Vaccination United Provinces of Agra and Oudh 1902-1913 - 1902-1913
Year: 1902
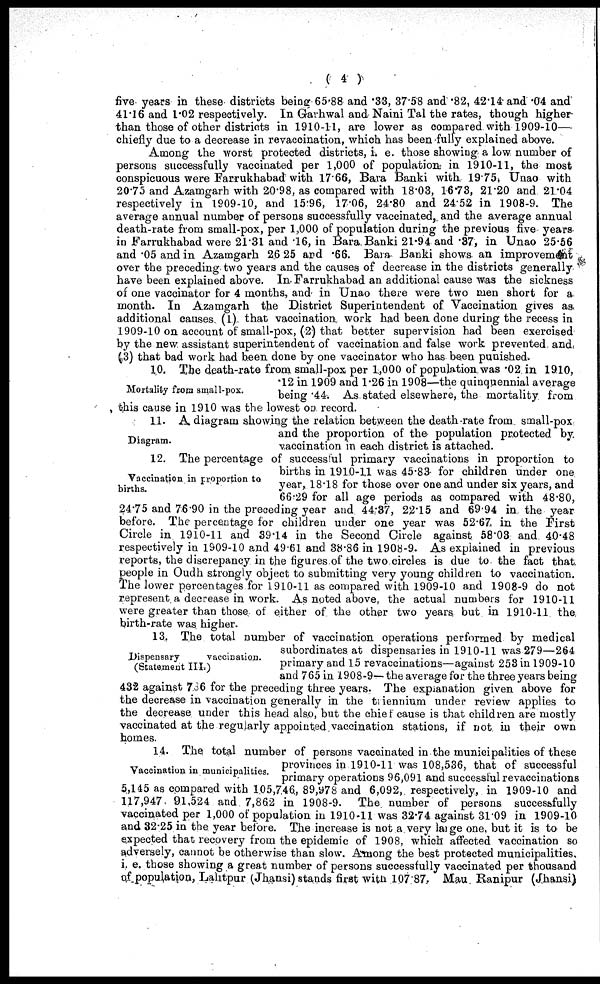
( 4 )
five years in these districts being 65.88 and .33, 37.58 and .82, 42.14 and .04 and
41.16 and 1.02 respectively. In Garhwal and Naini Tal the rates, though higher
than those of other districts in 1910-11, are lower as compared with 1909-10—
chiefly due to a decrease in revaccination, which has been fully explained above.
Among the worst protected districts, i. e. those showing a low. number of
persons successfully vaccinated per 1,000 of population in 1910-11, the most
conspicuous were Farrukhabad with 17.66, Bara Banki with 19.75, Unao with
20.75 and Azamgarh with 20.98, as compared with 18.03, 16.73, 21.20 and 21.04
respectively in 1909-10, and 15.96, 17.06, 24.80 and 24.52 in 1908-9. The
average annual number of persons successfully vaccinated, and the average annual
death-rate from small-pox, per 1,000 of population during the previous five years
in Farrukhabad were 21.31 and .16, in Bara Banki 21.94 and .37, in Unao 25.56
and .05 and in Azamgarh 26 25 and .66. Bara Banki shows an improvement
over the preceding two years and the causes of decrease in the districts generally
have been explained above. In Farrukhabad an additional cause was the sickness
of one vaccinator for 4 months, and in Unao there were two men short for a
month. In Azamgarh the District Superintendent of Vaccination gives as.
additional causes. (1) that vaccination work had been done during the recess in
1909-10 on account of small-pox, (2) that better supervision had been exercised
by the new assistant superintendent of vaccination and false work prevented and
(3) that bad work had been done by one vaccinator who has been punished.
Mortality from small-pox.
10. The death-rate from small-pox per 1,000 of population was .02 in 1910,
.12 in 1909 and 1.26 in 1908—the quinquennial average
being .44. As stated elsewhere, the mortality from
this cause in 1910 was the lowest on record.
Diagram.
11. A diagram showing the relation between the death-rate from small-pox
and the proportion of the population protected by.
vaccination in each district is attached.
Vaccination in proportion to.
births.
12. The percentage of successful primary vaccinations in proportion to
births in 1910-11 was 45.83 for children under one
year, 18.18 for those over one and under six years, and
66.29 for all age periods as compared with 48.80,
24.75 and 76.90 in the preceding year and 44.37, 22.15 and 69.94 in the year
before. The percentage for children under one year was 52.67 in the First
Circle in 1910-11 and 39.14 in the Second Circle against 58.03 and 40.48
respectively in 1909-10 and 49.61 and 38.86 in 1908-9. As explained in previous
reports, the discrepancy in the figures of the two circles is due to the fact that
people in Oudh strongly object to submitting very young children to vaccination.
The lower percentages for 1910-11 as compared with 1909-10 and 1908-9 do not
represent a decrease in work. As noted above, the actual numbers for 1910-11
were greater than those of either of the other two years but in 1910-11 the
birth-rate was higher.
Dispensary
vaccination.
(Statement III.)
13. The total number of vaccination operations performed by medical
subordinates at dispensaries in 1910-11 was 279—264
primary and 15 revaccinations—against 253 in 1909-10
and 765 in 1908-9—the average for the three years being
432 against 736 for the preceding three years. The explanation given above for
the decrease in vaccination generally in the triennium under review applies to
the decrease under this head also, but the chief cause is that children are mostly
vaccinated at the regularly appointed vaccination stations, if not in their own
homes.
Vaccination in municipalities.
14. The total number of persons vaccinated in the municipalities of these
provinces in 1910-11 was 108,536, that of successful
primary operations 96,091 and successful revaccinations
5,145 as compared with 105,7.46, 89,978 and 6,092, respectively, in 1909-10 and
117,947 91,524 and 7,862 in 1908-9. The number of persons successfully
vaccinated per 1,000 of population in 1910 11 was 32.74 against 31.09 in 1909-10
and 32.25 in the year before. The increase is not a very large one, but it is to be
expected that recovery from the epidemic of 1908, which affected vaccination so
adversely, cannot be otherwise than slow. Among the best protected municipalities,
i. e. those showing a great number of persons successfully vaccinated per thousand
of population, Lalitpur (Jhansi) stands first with 107 87, Mau Ranipur (Jhansi)